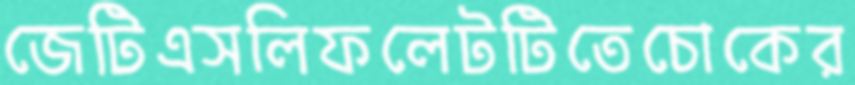
জেটিএসলিফলেটটিতেচোকের